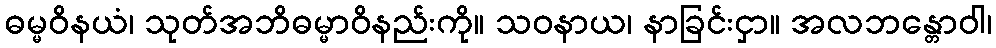
ဓမ္မဝိနယံ၊ သုတ်အဘိဓမ္မာဝိနည်းကို။ သဝနာယ၊ နာခြင်းငှာ။ အလဘန္တောဝါ၊